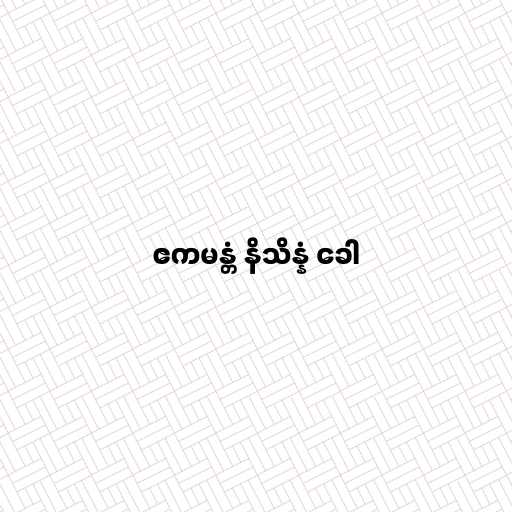
ဧကမန္တံ နိသိန္နံ ခေါ